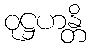
ဝုဋ္ဌဟန္တိ